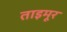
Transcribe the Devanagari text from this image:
ताइमूर